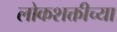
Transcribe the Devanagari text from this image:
लोकशक्तीच्या